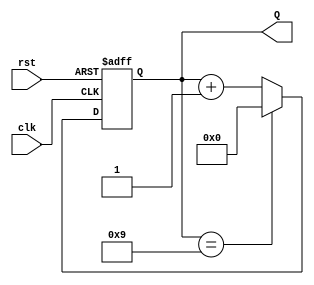
module bcd_counter (
    input wire clk,       // Clock input
    input wire rst,       // Asynchronous reset input
    output reg [3:0] Q    // 4-bit BCD output
);

    // Initial block to set the counter to 0 at simulation start
    initial begin
        Q = 4'b0000;       // Initialize the counter to 0
    end

    // Always block triggered on the rising edge of the clock or the asynchronous reset
    always @(posedge clk or posedge rst) begin
        if (rst) begin
            Q <= 4'b0000;   // Reset the counter to 0 asynchronously
        end else if (Q == 4'b1001) begin
            Q <= 4'b0000;   // If the counter reaches 10 (1010), reset to 0
        end else begin
            Q <= Q + 1;     // Increment the counter
        end
    end

endmodule